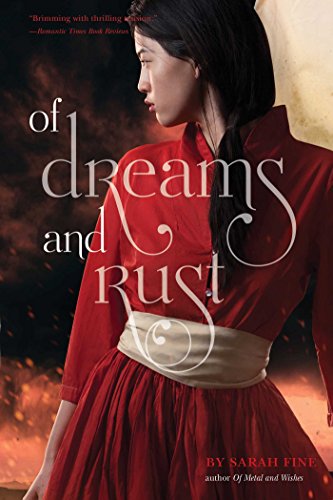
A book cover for Of Dreams and Rust; Sarah Fine; Teen & Young Adult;